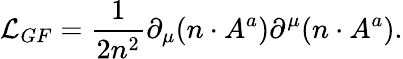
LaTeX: {\cal L}_{GF}=\frac{1}{2n^{2}}\partial_{\mu}(n\cdot A^{a})\partial^{\mu}(n\cdot A^{a}).